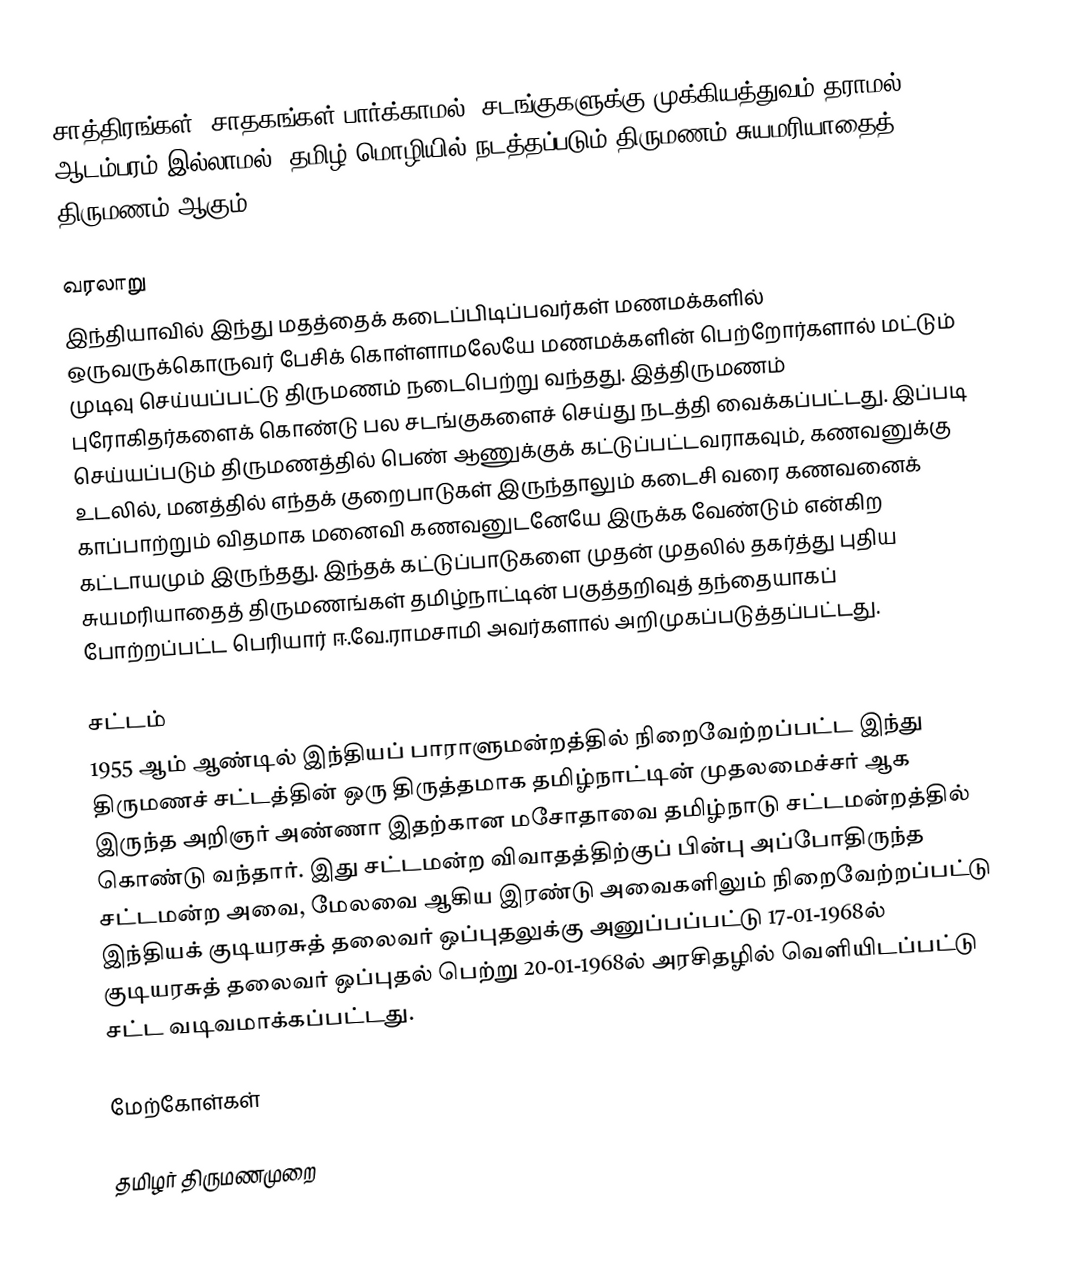
சாத்திரங்கள், சாதகங்கள் பார்க்காமல், சடங்குகளுக்கு முக்கியத்துவம் தராமல், ஆடம்பரம் இல்லாமல், தமிழ் மொழியில் நடத்தப்படும் திருமணம் சுயமரியாதைத் திருமணம் ஆகும்.

வரலாறு
இந்தியாவில் இந்து மதத்தைக் கடைப்பிடிப்பவர்கள் மணமக்களில் ஒருவருக்கொருவர் பேசிக் கொள்ளாமலேயே மணமக்களின் பெற்றோர்களால் மட்டும் முடிவு செய்யப்பட்டு திருமணம் நடைபெற்று வந்தது. இத்திருமணம் புரோகிதர்களைக் கொண்டு பல சடங்குகளைச் செய்து நடத்தி வைக்கப்பட்டது. இப்படி செய்யப்படும் திருமணத்தில் பெண் ஆணுக்குக் கட்டுப்பட்டவராகவும், கணவனுக்கு உடலில், மனத்தில் எந்தக் குறைபாடுகள் இருந்தாலும் கடைசி வரை கணவனைக் காப்பாற்றும் விதமாக மனைவி கணவனுடனேயே இருக்க வேண்டும் என்கிற கட்டாயமும் இருந்தது. இந்தக் கட்டுப்பாடுகளை முதன் முதலில் தகர்த்து புதிய சுயமரியாதைத் திருமணங்கள் தமிழ்நாட்டின் பகுத்தறிவுத் தந்தையாகப் போற்றப்பட்ட பெரியார் ஈ.வே.ராமசாமி அவர்களால் அறிமுகப்படுத்தப்பட்டது.

சட்டம்
1955 ஆம் ஆண்டில் இந்தியப் பாராளுமன்றத்தில் நிறைவேற்றப்பட்ட இந்து திருமணச் சட்டத்தின் ஒரு திருத்தமாக தமிழ்நாட்டின் முதலமைச்சர் ஆக இருந்த அறிஞர் அண்ணா இதற்கான மசோதாவை தமிழ்நாடு சட்டமன்றத்தில் கொண்டு வந்தார். இது சட்டமன்ற விவாதத்திற்குப் பின்பு அப்போதிருந்த சட்டமன்ற அவை, மேலவை ஆகிய இரண்டு அவைகளிலும் நிறைவேற்றப்பட்டு இந்தியக் குடியரசுத் தலைவர் ஒப்புதலுக்கு அனுப்பப்பட்டு 17-01-1968ல் குடியரசுத் தலைவர் ஒப்புதல் பெற்று 20-01-1968ல் அரசிதழில் வெளியிடப்பட்டு சட்ட வடிவமாக்கப்பட்டது.

மேற்கோள்கள்

 தமிழர் திருமணமுறை